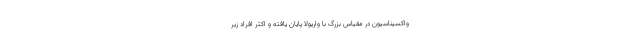
واکسیناسیون در مقیاس بزرگ با واریولا پایان یافته و اکثر افراد زیر